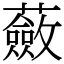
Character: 蘞